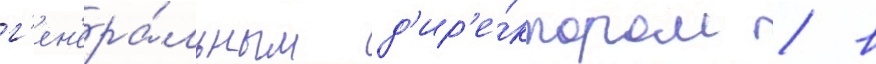
г'ен'ера́льным д'ир'е́ктором / в